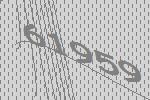
61959